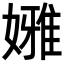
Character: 𡡳